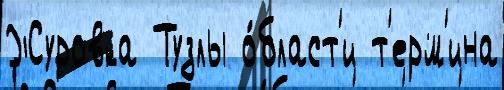
Журовка Тузлы о́бласт'и т'ерм'ина